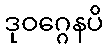
ဒုဝဂ္ဂေနပိ